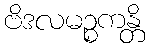
ဗိဒလမဉ္စကန္တိ